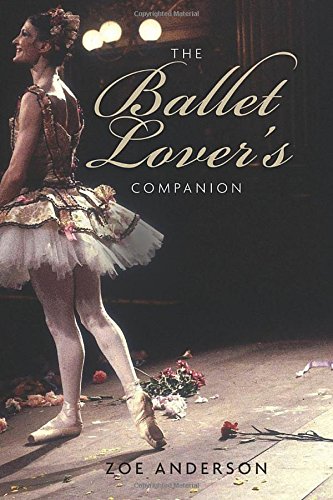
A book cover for The Ballet Lover's Companion; Zoe Anderson; Humor & Entertainment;